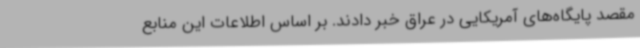
مقصد پایگاه‌های آمریکایی در عراق خبر دادند. بر اساس اطلاعات این منابع